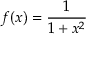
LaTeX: f ( x ) = { \frac { 1 } { 1 + x ^ { 2 } } }